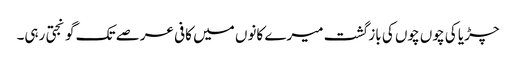
چڑیا کی چوں چوں کی باز گشت میرے کانوں میں کافی عرصے تک گونجتی رہی۔